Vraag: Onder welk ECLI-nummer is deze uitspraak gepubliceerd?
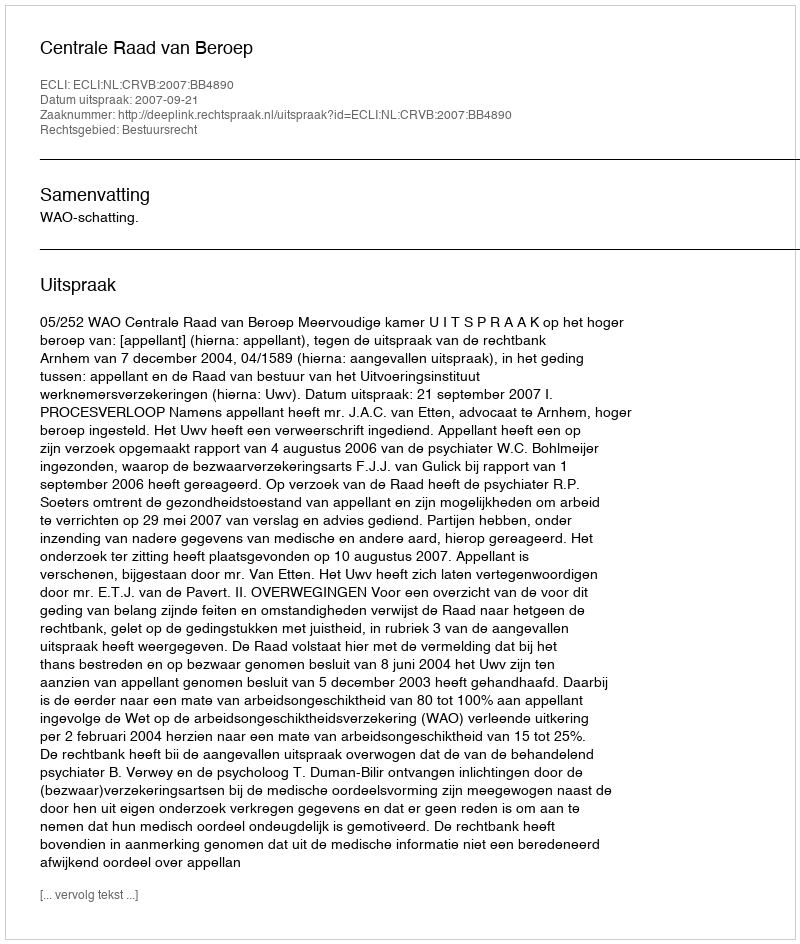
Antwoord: ECLI:NL:CRVB:2007:BB4890